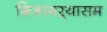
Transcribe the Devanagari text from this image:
बिजागऱ्यासम